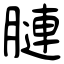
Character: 𦟪